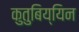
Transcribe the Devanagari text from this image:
कुतुबिय्यिन